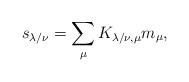
LaTeX: \begin{align*} s_{\lambda/\nu} = \sum_\mu K_{\lambda/\nu, \mu} m_\mu,\end{align*}